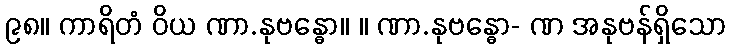
၉၈။ ကာရိတံ ဝိယ ဏာ.နုဗန္ဓော။ ။ ဏာ.နုဗန္ဓော- ဏ အနုဗန်ရှိသော